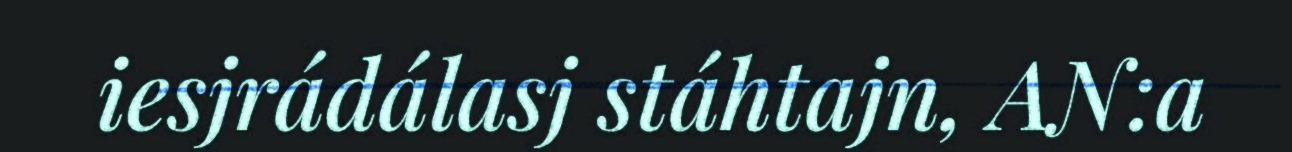
iesjrádálasj stáhtajn, AN:a